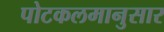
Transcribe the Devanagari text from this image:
पोटकलमानुसार